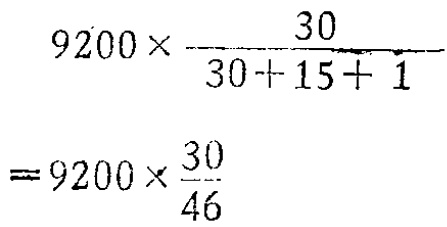
\[

\begin{align*}

&9200\times\frac{30}{30 + 15+ 1}\\

=&9200\times\frac{30}{46}

\end{align*}

\]